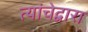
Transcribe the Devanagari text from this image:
त्यांचेद्वारा